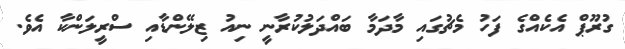
ގުރޫޕް އެކެއްގެ ފަހު މެޗުގައި މާދަމާ ބައްދަލުކުރާނީ ނިއު ޒިލޭންޑާއި ސްރީލަންކާ އެވެ.